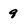
Character: 9